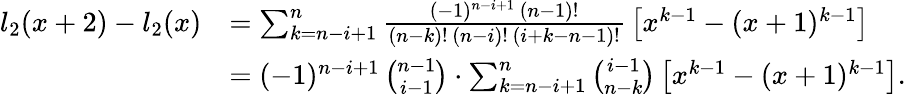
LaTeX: \begin{array}{rl}{l_{2}(x+2)-l_{2}(x)}&{=\sum_{k=n-i+1}^{n}\frac{(-1)^{n-i+1}\, (n-1)!}{(n-k)!\, (n-i)!\, (i+k-n-1)!}\, \bigl[x^{k-1}-(x+1)^{k-1}\bigr]}\\ &{=(-1)^{n-i+1}\, \binom{n-1}{i-1}\cdot\sum_{k=n-i+1}^{n}\binom{i-1}{n-k}\, \bigl[x^{k-1}-(x+1)^{k-1}\bigr].}\end{array}